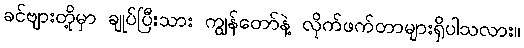
ခင်ဗျားတို့မှာ ချုပ်ပြီးသား ကျွန်တော်နဲ့ လိုက်ဖက်တာများရှိပါသလား။